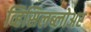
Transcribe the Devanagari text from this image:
व्हिसिलब्लोअर